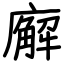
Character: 廨